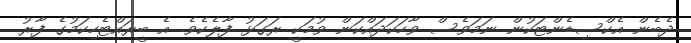
ދެބެން އެކްސިޑެންޓަކުން ނަމަވެސް ވާހަކަދައްކަން ވުމަކީ ރަގަޅު ފާލެކެވެ. އެ ބީރައްޓެހިކަމުގެ ފާރު